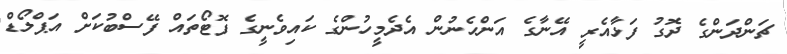
ޗަންދަންގެ ދޮގު ފަޅާއެރީ އޭނާގެ އަންހެނުން އެދެމީހުންގެ ކައިވެނީގެ ފޮޓޯތައް ފޭސްބުކަށް އަޕްލޯޑް